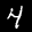
Label: 4